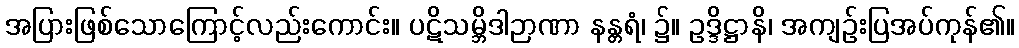
အပြားဖြစ်သောကြောင့်လည်းကောင်း။ ပဋိသမ္ဘိဒါဉာဏာ နန္တရံ၊ ၌။ ဥဒ္ဒိဋ္ဌာနိ၊ အကျဉ်းပြအပ်ကုန်၏။